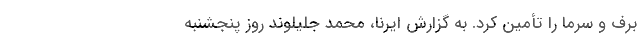
برف و سرما را تأمین کرد. به گزارش ایرنا، محمد جلیلوند روز پنجشنبه